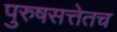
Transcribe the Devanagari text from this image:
पुरुषसत्तेतच